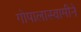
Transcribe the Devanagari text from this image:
गोपालास्वामीने